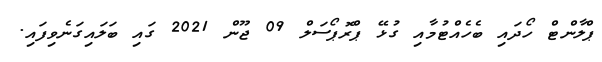
ޕްލާންޓް ހޯދައި ބެހެއްޓުމާއި ގުޅޭ ޕްރޮޕޯސަލް 09 ޖޫން 2021 ގައި ބަލައިގަނެވިފައި.